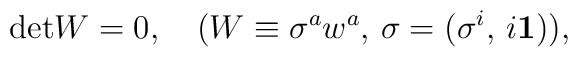
{\rm det}W=0, \quad  (W\equiv\sigma^aw^a,\, \sigma=(\sigma^i,\, i{\mathbf1})),